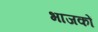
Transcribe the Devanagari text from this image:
भाजकों